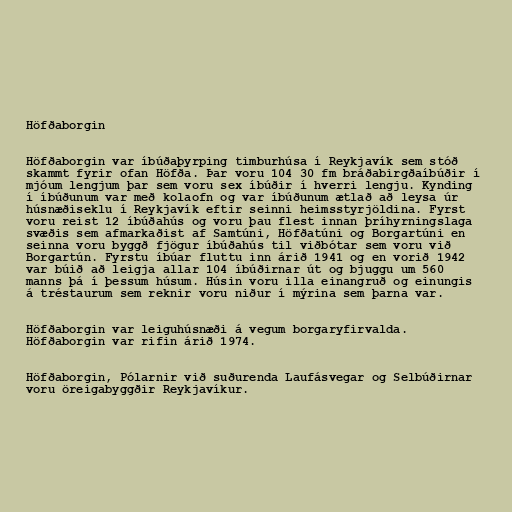
Höfðaborgin

Höfðaborgin var íbúðaþyrping timburhúsa í Reykjavík sem stóð
skammt fyrir ofan Höfða. Þar voru 104 30 fm bráðabirgðaíbúðir í
mjóum lengjum þar sem voru sex íbúðir í hverri lengju. Kynding
í íbúðunum var með kolaofn og var íbúðunum ætlað að leysa úr
húsnæðiseklu í Reykjavík eftir seinni heimsstyrjöldina. Fyrst
voru reist 12 íbúðahús og voru þau flest innan þríhyrningslaga
svæðis sem afmarkaðist af Samtúni, Höfðatúni og Borgartúni en
seinna voru byggð fjögur íbúðahús til viðbótar sem voru við
Borgartún. Fyrstu íbúar fluttu inn árið 1941 og en vorið 1942
var búið að leigja allar 104 íbúðirnar út og bjuggu um 560
manns þá í þessum húsum. Húsin voru illa einangruð og einungis
á tréstaurum sem reknir voru niður í mýrina sem þarna var.

Höfðaborgin var leiguhúsnæði á vegum borgaryfirvalda.
Höfðaborgin var rifin árið 1974.

Höfðaborgin, Pólarnir við suðurenda Laufásvegar og Selbúðirnar
voru öreigabyggðir Reykjavíkur.